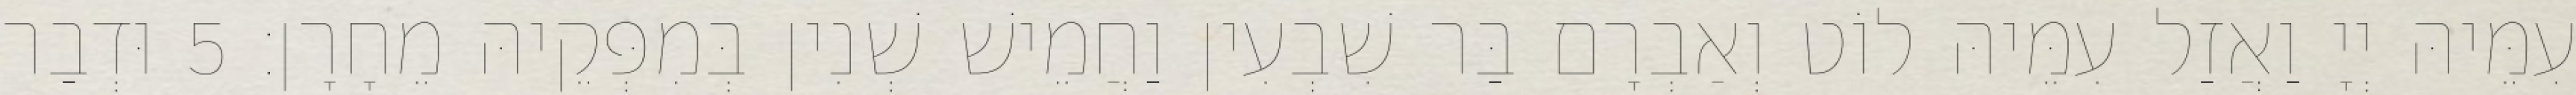
עִמֵּיהּ יְיָ וַאֲזַל עִמֵּיהּ לוֹט וְאַבְרָם בַּר שִׁבְעִין וַחֲמֵישׁ שְׁנִין בְּמִפְּקֵיהּ מֵחָרָן׃ 5 וּדְבַר